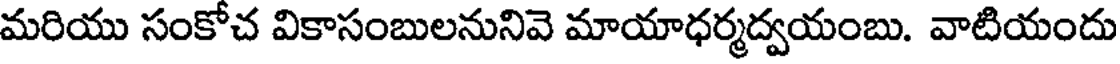
మరియు సంకోచ వికాసంబులనునివె మాయాధర్మద్వయంబు. వాటియందు